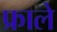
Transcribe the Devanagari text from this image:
फ्राले